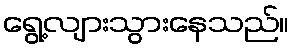
ရွေ့လျားသွားနေသည်။